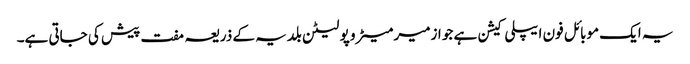
یہ ایک موبائل فون ایپلی کیشن ہے جو ازمیر میٹرو پولیٹن بلدیہ کے ذریعہ مفت پیش کی جاتی ہے۔